Indian journal of veterinary science and animal husbandry - Volumes 28-29, 1958-1959
Year: 1958
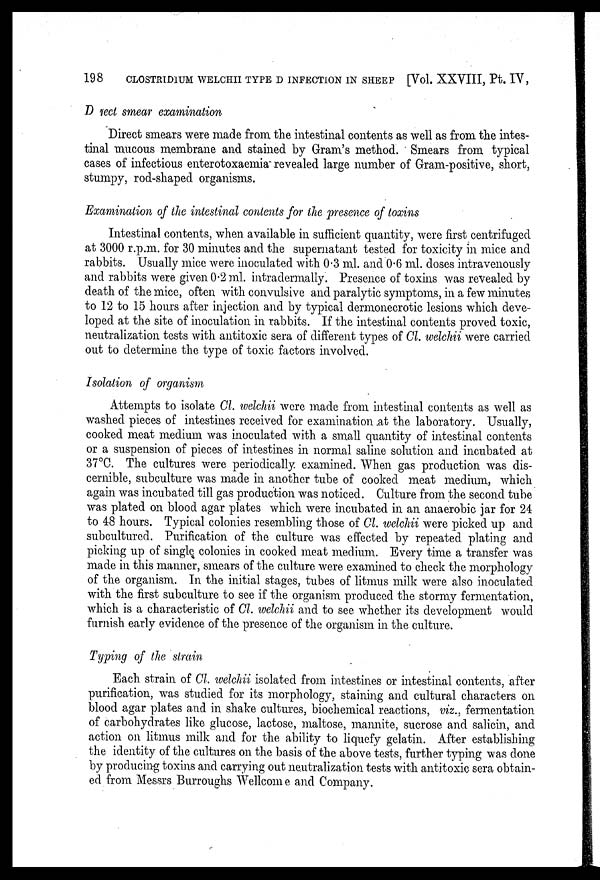
198
CLOSTRIDIUM WELCHII TYPE D INFECTION IN SHEEP [Vol. XXVIII, Pt. IV,
Direct smear examination
Direct smears were made from the intestinal contents as well as from the intes-
tinal mucous membrane and stained by Gram's method. Smears from typical
cases of infectious enterotoxaemia revealed large number of Gram-positive, short,
stumpy, rod-shaped organisms.
Examination of the intestinal contents for the presence of toxins
Intestinal contents, when available in sufficient quantity, were first centrifuged
at 3000 r.p.m. for 30 minutes and the supernatant tested for toxicity in mice and
rabbits. Usually mice were inoculated with 0.3 ml. and 0.6 ml. doses intravenously
and rabbits were given 0.2 ml. intradermally. Presence of toxins was revealed by
death of the mice, often with convulsive and paralytic symptoms, in a few minutes
to 12 to 15 hours after injection and by typical dermonecrotic lesions which deve-
loped at the site of inoculation in rabbits. If the intestinal contents proved toxic,
neutralization tests with antitoxic sera of different types of Cl. welchii were carried
out to determine the type of toxic factors involved.
Isolation of organism
Attempts to isolate Cl. welchii were made from intestinal contents as well as
washed pieces of intestines received for examination at the laboratory. Usually,
cooked meat medium was inoculated with a small quantity of intestinal contents
or a suspension of pieces of intestines in normal saline solution and incubated at
37°C. The cultures were periodically examined. When gas production was dis-
cernible, subculture was made in another tube of cooked meat medium, which
again was incubated till gas production was noticed. Culture from the second tube
was plated on blood agar plates which were incubated in an anaerobic jar for 24
to 48 hours. Typical colonies resembling those of Cl. welchii were picked up and
subcultured. Purification of the culture was effected by repeated plating and
picking up of single colonies in cooked meat medium. Every time a transfer was
made in this manner, smears of the culture were examined to check the morphology
of the organism. In the initial stages, tubes of litmus milk were also inoculated
with the first subculture to see if the organism produced the stormy fermentation,
which is a characteristic of Cl. welchii and to see whether its development would
furnish early evidence of the presence of the organism in the culture.
Typing of the strain
Each strain of Cl. welchii isolated from intestines or intestinal contents, after
purification, was studied for its morphology, staining and cultural characters on
blood agar plates and in shake cultures, biochemical reactions, viz., fermentation
of carbohydrates like glucose, lactose, maltose, mannite, sucrose and salicin, and
action on litmus milk and for the ability to liquefy gelatin. After establishing
the identity of the cultures on the basis of the above tests, further typing was done
by producing toxins and carrying out neutralization tests with antitoxic sera obtain-
ed from Messrs Burroughs Wellcome and Company.